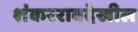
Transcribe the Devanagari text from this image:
शंकररावदेखील